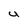
Character: U